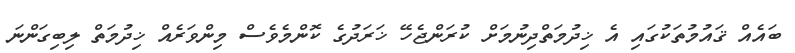
ބައެއް ޤައުމުތަކުގައި އެ ޚިދުމަތްދިނުމަށް ކުރަންޖެހޭ ޚަރަދުގެ ކޮންމެވެސް މިންވަރެއް ޚިދުމަތް ލިބިގަންނަ